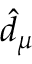
\hat { d } _ { \mu }